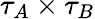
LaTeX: {\tau_{A}}\times{\tau_{B}}